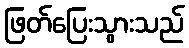
ဖြတ်ပြေးသွားသည်